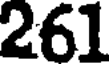
261